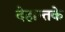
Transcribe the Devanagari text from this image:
देहान्तके